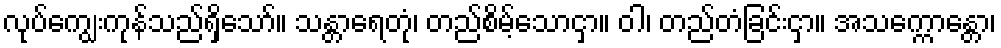
လုပ်ကျွေးကုန်သည်ရှိသော်။ သန္တာရေတုံ၊ တည်စိမ့်သောငှာ။ ဝါ၊ တည်တံခြင်းငှာ။ အသက္ကောန္တော၊